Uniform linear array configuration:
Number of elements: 48
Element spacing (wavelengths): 0.75
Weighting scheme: hann
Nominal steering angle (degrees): -15
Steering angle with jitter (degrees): -13.579
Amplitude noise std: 0.05
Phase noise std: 0.05

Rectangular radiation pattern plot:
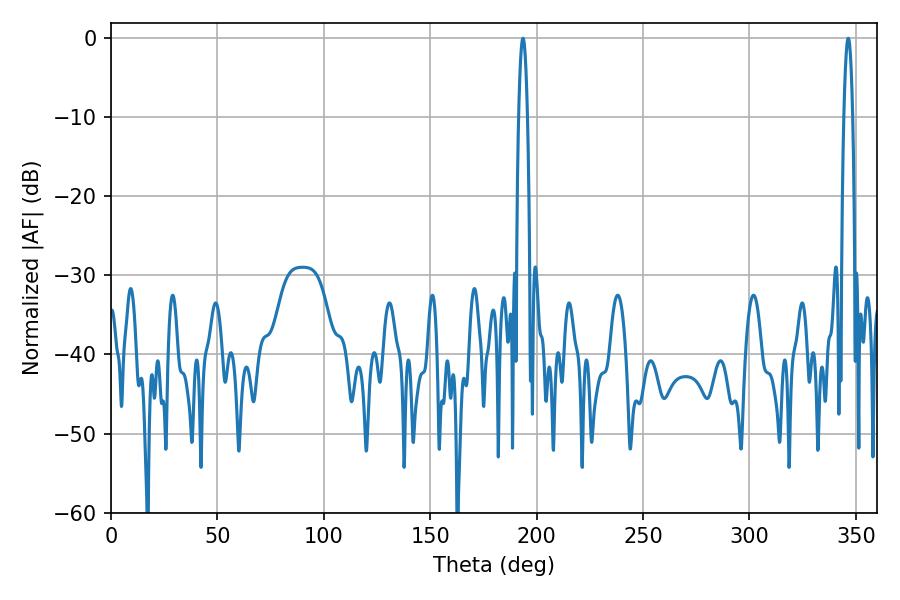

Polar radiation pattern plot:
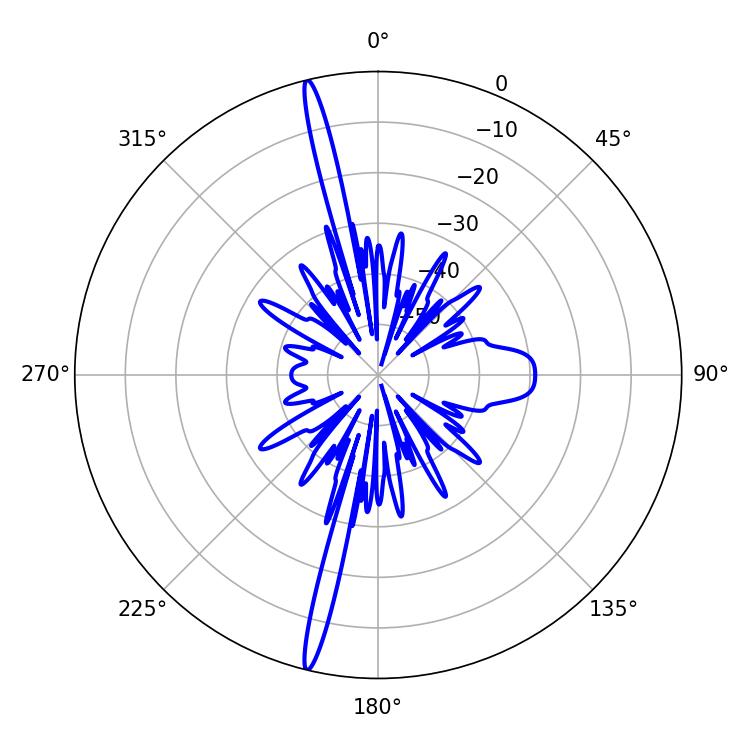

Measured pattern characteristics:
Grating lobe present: TRUE
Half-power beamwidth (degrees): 2.34
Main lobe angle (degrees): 193.5